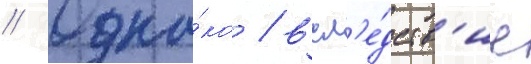
// Одна́ко / всл'е́дств'ие